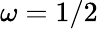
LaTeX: \omega=1/2